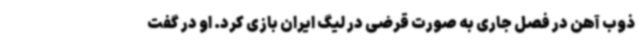
ذوب آهن در فصل جاری به صورت قرضی در لیگ ایران بازی کرد. او در گفت